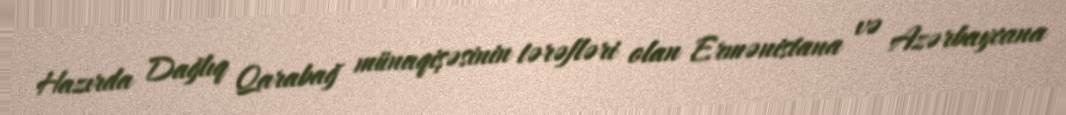
Hazırda Dağlıq Qarabağ münaqişəsinin tərəfləri olan Ermənistana və Azərbaycana